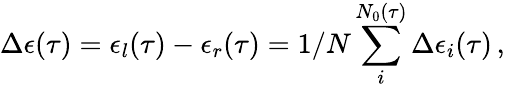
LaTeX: \Delta\epsilon(\tau)=\epsilon_{l}(\tau)-\epsilon_{r}(\tau)=1/N\sum_{i}^{N_{0}(\tau)}\Delta\epsilon_{i}(\tau)\, ,